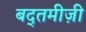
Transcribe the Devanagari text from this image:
बद्तमीज़ी